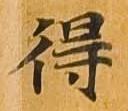
得